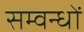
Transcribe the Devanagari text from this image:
सम्वन्धों